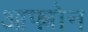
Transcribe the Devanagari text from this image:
आफ्योन